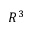
R ^ { 3 }